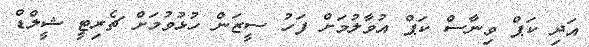
އަދި ކަޕް ވިނާސް ކަޕް އުވާލުމަށް ފަހު ސީޒަން ހުޅުވުމަށް ޗެރިޓީ ޝީލްޑް